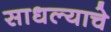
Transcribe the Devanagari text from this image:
साधल्याचे